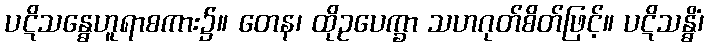
ပဋိသန္ဓေဟူရာစကား၌။ တေန၊ ထိုဥပေက္ခာ သဟဂုတ်စိတ်ဖြင့်။ ပဋိသန္ဓိံ၊